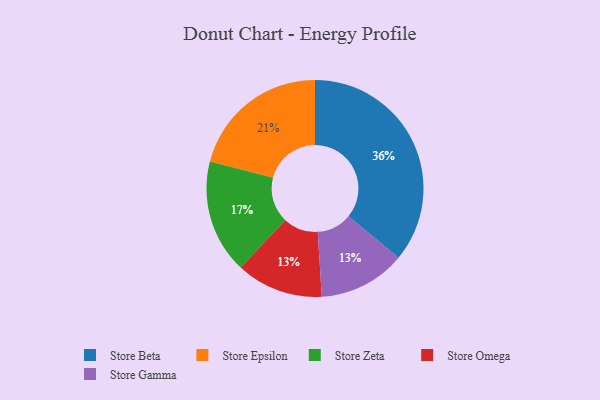
{"axis": {"x": "Category", "y": "Percentage"}, "legend": ["Store Beta", "Store Epsilon", "Store Gamma", "Store Omega", "Store Zeta"], "data": [{"x": "Store Omega", "y": 13, "type": "Store Omega"}, {"x": "Store Beta", "y": 36, "type": "Store Beta"}, {"x": "Store Epsilon", "y": 21, "type": "Store Epsilon"}, {"x": "Store Zeta", "y": 17, "type": "Store Zeta"}, {"x": "Store Gamma", "y": 13, "type": "Store Gamma"}]}